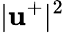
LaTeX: |\mathbf{u}^{+}|^{2}